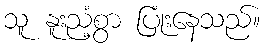
သူ နူးညံ့စွာ ပြုံးနေသည်။